Vaccination Hyderabad 1872-1889 - 1872-1889
Year: 1872
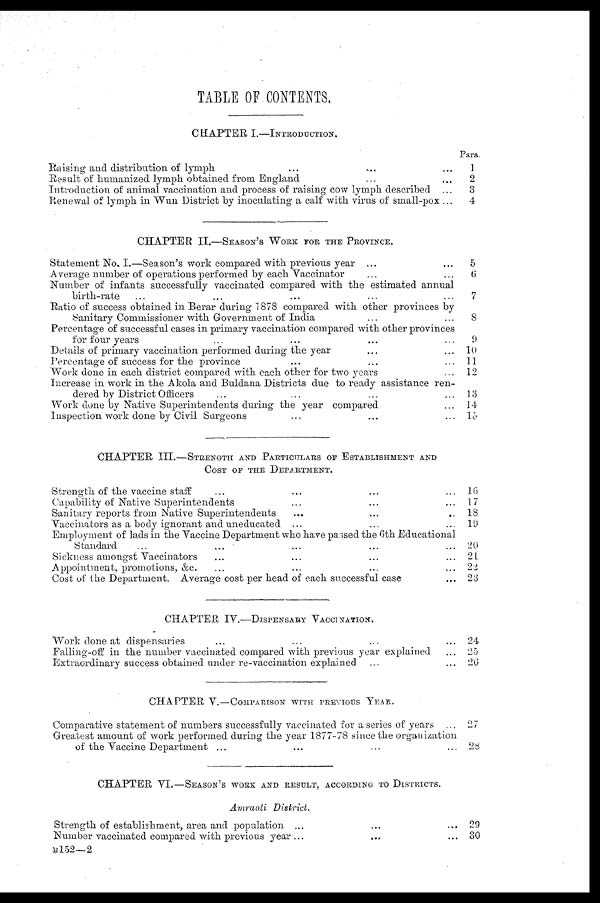
TABLE OF CONTENTS.
CHAPTER I.—INTRODUCTION.
Raising and distribution of lymph. ... ... ...
Result of humanized lymph obtained from England ... ...
Introduction of animal vaccination and process of raising cow lymph described ...
Renewal of lymph in Wun District by inoculating a calf with virus of small-pox ...
Para.
1
2
3
4
CHAPTER II.—SEASON'S WORK FOR THE PROVINCE.
Statement No. I.—Season's work compared with previous year ... ...
Average number of operations performed by each Vaccinator ... ...
Number of infants successfully vaccinated compared with the estimated annual
birth-rate ... ... ... ... ... ...
Ratio of success obtained in Berar during 1878 compared with other provinces by
Sanitary Commissioner with Government of India ... ...
Percentage of successful cases in primary vaccination compared with other provinces
for four years ... ... ... ...
Details of primary vaccination performed during the year ... ... ...
Percentage of success for the province ... ... ...
Work done in each district compared with each other for two years ...
Increase in work in the Akola and Buldana Districts due to ready assistance ren-
dered by District Officers ... ... ...
Work done by Native Superintendents during the year compared ...
Inspection work done by Civil Surgeons ... ... ...
5
6
7
8
9
10
11
12
13
14
15
CHAPTER III.—STRENGTH AND PARTICULARS OF ESTABLISHMENT AND
COST OF THE DEPARTMENT.
Strength of the vaccine staff ... ... ... ...
Capability of Native Superintendents ... ... ... ...
Sanitary reports from Native Superintendents
...
...
...
Vaccinators as a body ignorant and uneducated ... ... ...
Employment of lads in the Vaccine Department who have passed the 6th Educational
Standard ... ... ... ... ...
Sickness amongst Vaccinators ... ... ... ...
Appointment, promotions, &c. ... ... ... ...
Cost of the Department. Average cost per head of each successful case ...
16
17
18
19
20
21
22
23
CHAPTER IV.—DISPENSARY VACCINATION.
Work done at dispensaries ... ... ... ...
Falling-off in the number vaccinated compared with previous year explained ...
Extraordinary success obtained under re-vaccination explained ... ...
24
25
20
CHAPTER V.—COMPARISON WITH PREVIOUS YEAR.
Comparative statement of numbers successfully vaccinated for a series of years ...
Greatest amount of work performed during the year 1877-78 since the organization
of the Vaccine Department ... ... ... ...
27
28
CHAPTER VL—SEASON'S WORK AND RESULT, ACCORDING TO DISTRICTS.
Amraoti District.
Strength of establishment, area and population ... ... ...
Number vaccinated compared with previous year ... ... ...
29
30
B152—2